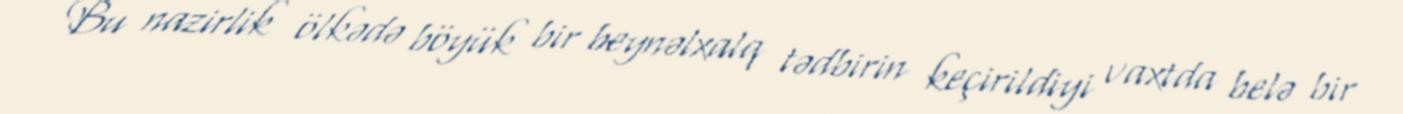
Bu nazirlik ölkədə böyük bir beynəlxalq tədbirin keçirildiyi vaxtda belə bir